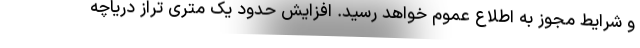
و شرایط مجوز به اطلاع عموم خواهد رسید. افزایش حدود یک متری تراز دریاچه